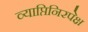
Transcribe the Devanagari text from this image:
व्याप्तिनिरपेक्ष